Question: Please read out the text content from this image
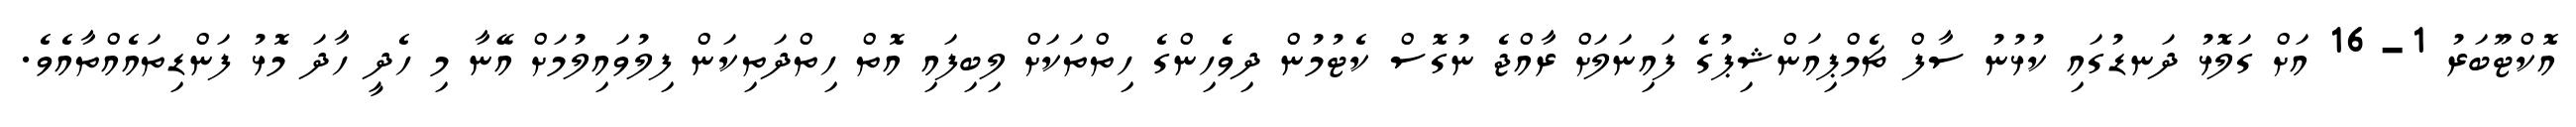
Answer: އޮކްޓޫބަރު 1-16 އަށް ގަލޮޅު ދަނޑުގައި ކުޅުނު ސާފް ޗެމްޕިއަންޝިޕުގެ ފައިނަލަށް ރާއްޖެ ނުގޮސް ކެޓުމުން ދިވެހިންގެ ހިތްތަކަށް ލިބިފައި އޮތް ހިތްދަތިކަން ފިލުވައިލުމަށް އޭނާ މި ހެދީ ހާދަ މޮޅު ފަންޑިތައެއްތާއެވެ.